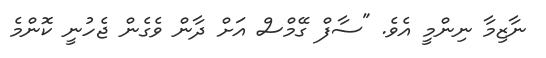
ނާޒިމާ ނިންމީ އެވެ. "ސާފް ގޭމްސް އަށް ދާން ވެގެން ޖެހުނީ ކޮންމެ